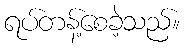
ရပ်တန့်စေခဲ့သည်။